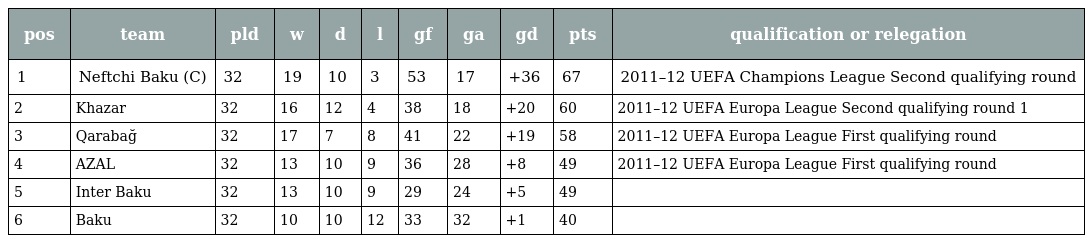
| pos | team | pld | w | d | l | gf | ga | gd | pts | qualification or relegation |
 | --- | --- | --- | --- | --- | --- | --- | --- | --- | --- | --- |
 | 1 | Neftchi Baku (C) | 32 | 19 | 10 | 3 | 53 | 17 | +36 | 67 | 2011–12 UEFA Champions League Second qualifying round |
 | 2 | Khazar | 32 | 16 | 12 | 4 | 38 | 18 | +20 | 60 | 2011–12 UEFA Europa League Second qualifying round 1 |
 | 3 | Qarabağ | 32 | 17 | 7 | 8 | 41 | 22 | +19 | 58 | 2011–12 UEFA Europa League First qualifying round |
 | 4 | AZAL | 32 | 13 | 10 | 9 | 36 | 28 | +8 | 49 | 2011–12 UEFA Europa League First qualifying round |
 | 5 | Inter Baku | 32 | 13 | 10 | 9 | 29 | 24 | +5 | 49 |  |
 | 6 | Baku | 32 | 10 | 10 | 12 | 33 | 32 | +1 | 40 |  |